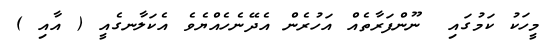
މީހަކު ކަމުގައި  ނޫންފަރާތެއް އަހުރެން އެދޭނެހެއްޔެވެެ އެކަލާނގެއީ ( އާއި )